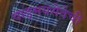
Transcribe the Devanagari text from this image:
वाङ्‌मयसेवेची